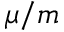
\mu / m